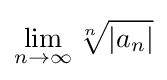
\lim _{n\rightarrow \infty }{\sqrt[{n}]{|a_{n}|}}